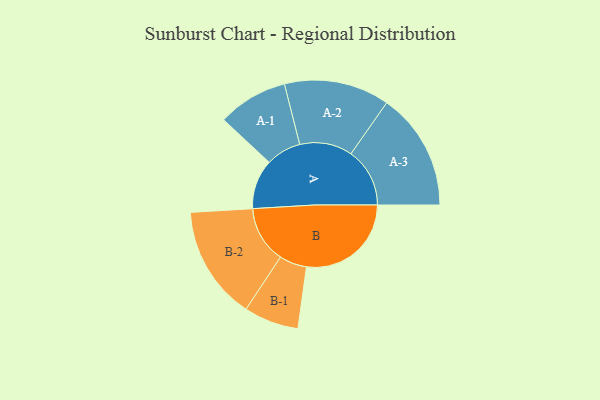
{"axis": {"x": "Segment", "y": "Value"}, "legend": ["", "A", "B"], "data": [{"x": "A", "y": 226, "type": ""}, {"x": "B", "y": 477, "type": ""}, {"x": "A-1", "y": 160, "type": "A"}, {"x": "A-2", "y": 240, "type": "A"}, {"x": "A-3", "y": 268, "type": "A"}, {"x": "B-1", "y": 125, "type": "B"}, {"x": "B-2", "y": 259, "type": "B"}]}